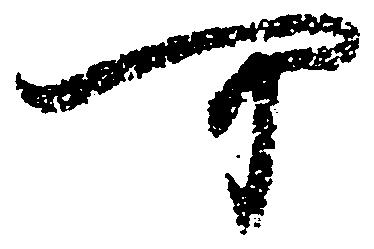
可